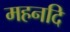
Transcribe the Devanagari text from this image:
महनदि